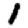
Digit: 1